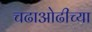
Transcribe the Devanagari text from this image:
चढाओढीच्या